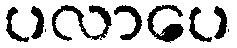
ပလာပေ